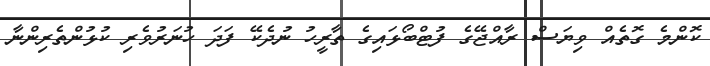
ކޮންމެ ގޮތެއް ވިޔަސް ރާއްޖޭގެ ފުޓްބޯޅައިގެ ތާރީހު ނުދެކޭ ފަދަ ހުނަރުވެރި ކުޅުންތެރިންނާ